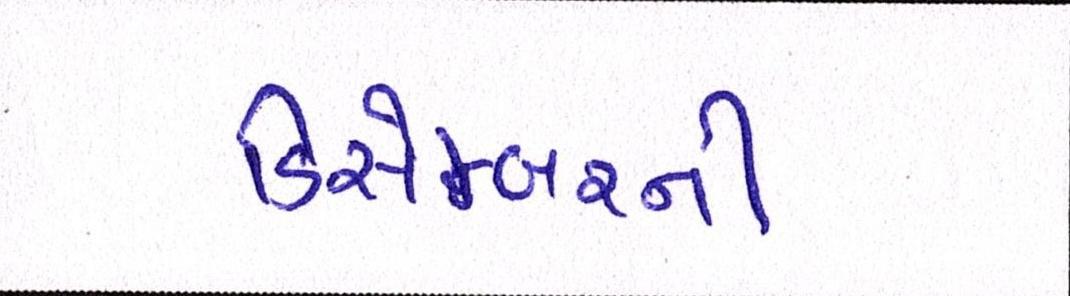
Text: ડિસેમ્બરની